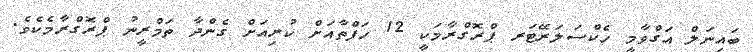
ބައިނަލް އަގްވާމީ ހެކްސަލަރޭޓަރ ޕްރޮގްރާމަކީ 12 ހަފްތާއަށް ކުރިއަށް ގެންދާ ތަމްރީނު ޕްރޮގްރާމެކެވެ.